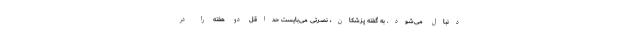
دنبال می‌شود. به گفته پزشکان، نصرتی می‌بایست حداقل دو هفته را در